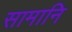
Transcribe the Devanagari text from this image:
सामानि